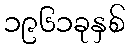
၁၉၆၁ခုနှစ်